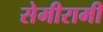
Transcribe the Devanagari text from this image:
सेमीरामी